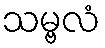
သမ္ဗလံ